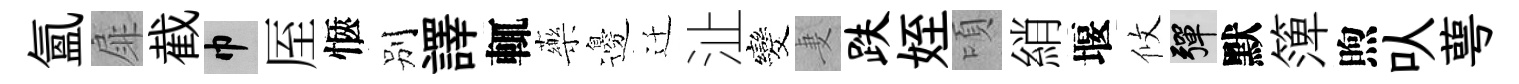
氲扉截巾厔愜别譯輒藥邊迁沚发妻跌姪頃綃堰攸彈默𥱼煦㕥萼